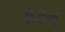
સટન